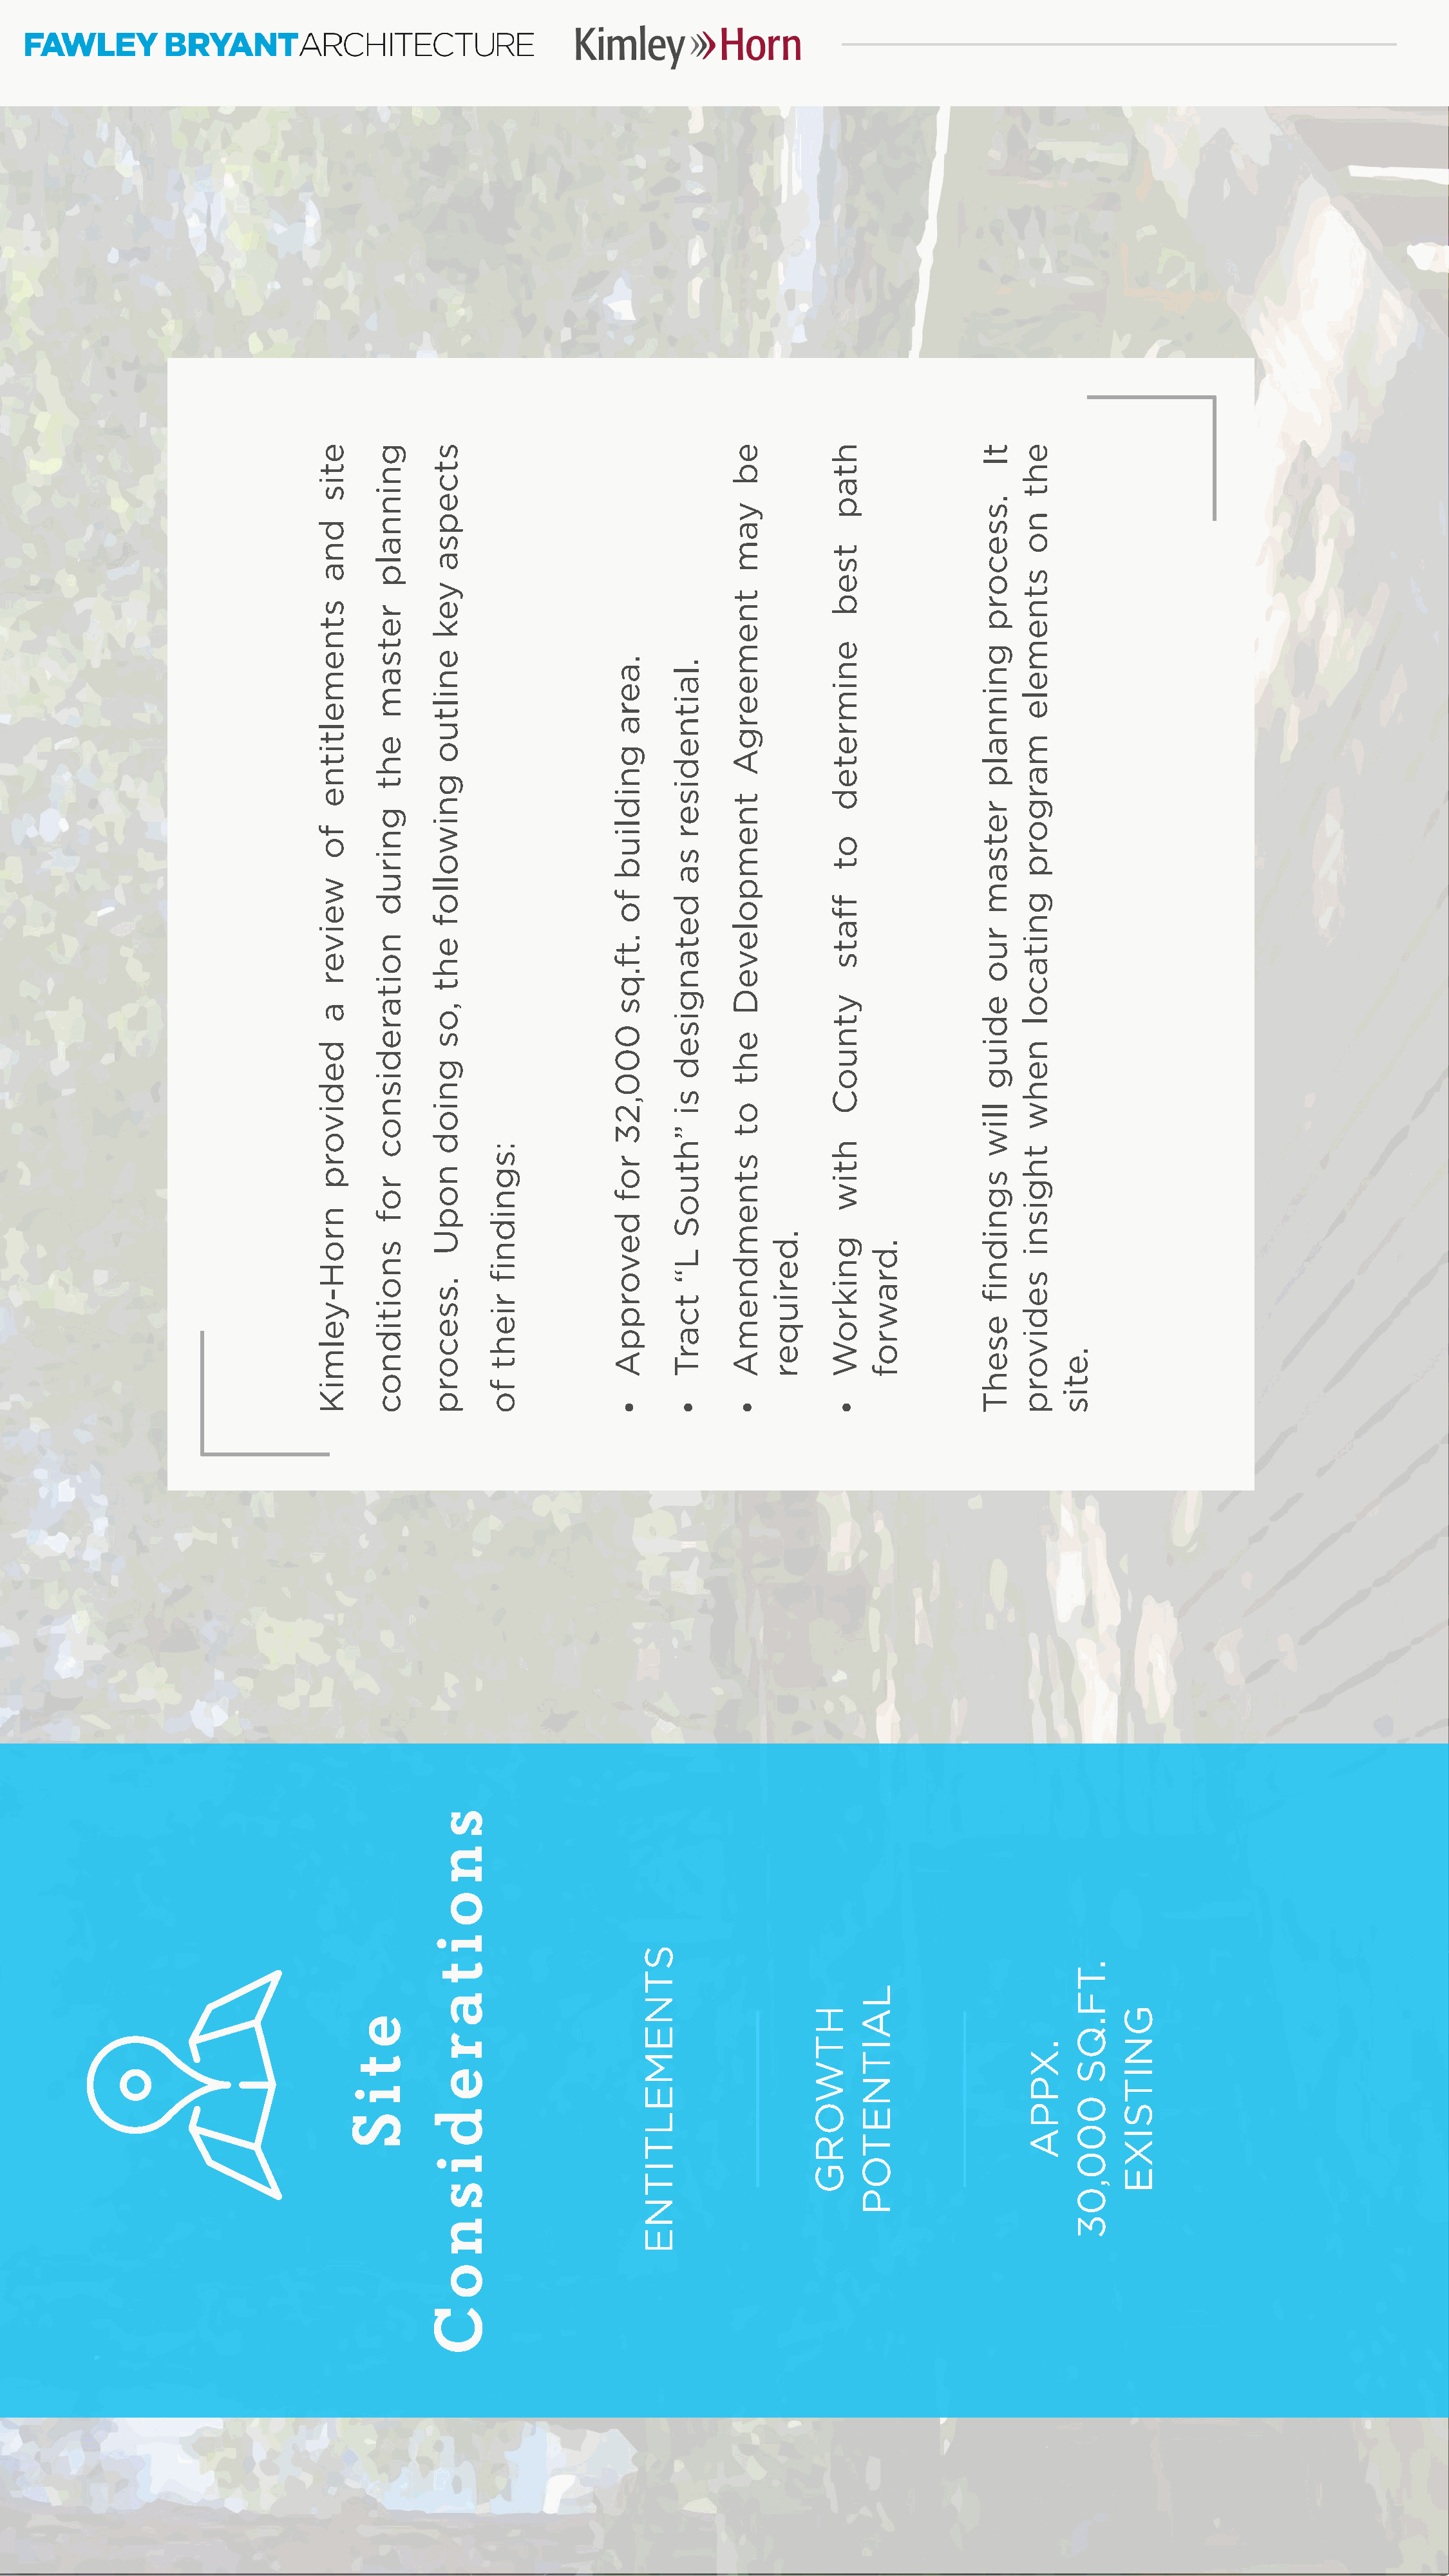
Kimley>>>H        orn
 FAWLEY        BRYANTA         RCHITECTURE
 etis
 dna
 stnemeltitne
 fo
 weiver
 a
 dedivorp
 nroH-yelmiK
 e
 t
 i
 S
 gninnalp
 retsam
 eht
 gnirud
 noitaredisnoc
 rof
 snoitidnoc
 stcepsa
 yek
 eniltuo
 gniwollof
 eht
 ,os
 gniod
 nopU
 .ssecorp
 s
 n
 o
 i
 t
 a
 r
 e
 d
 i
 s
 n
 o
 C
 :sgnidnif
 rieht
 fo
 .aera
 gnidliub
 fo
 .tf.qs
 000,23
 rof
 devorppA
 •
 STNEMELTITNE
 .laitnediser
 sa
 detangised
 si
 ”htuoS
 L“
 tcarT
 •
 eb
 yam
 tnemeergA
 tnempoleveD
 eht
 ot
 stnemdnemA
 •
 .deriuqer
 HTWORG
 htap
 tseb
 enimreted
 ot
 ffats
 ytnuoC
 htiw
 gnikroW
 •
 LAITNETOP
 .drawrof
 tI
 .ssecorp
 gninnalp
 retsam
 ruo
 ediug
 lliw
 sgnidnif
 esehT
 eht
 no
 stnemele
 margorp
 gnitacol
 nehw
 thgisni
 sedivorp
 .XPPA
 .etis
 .TF.QS
 000,03
 GNITSIXE